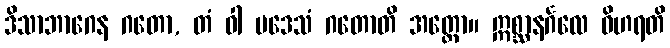
ဒိသာဘာဂေန ဂတော, တံ ဝါ ပဒေသံ ဂတောတိ အတ္ထော။ ဣစ္ဆာနင်္ဂလေ ဝိဟရတိ